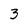
Character: 3